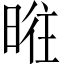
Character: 暀